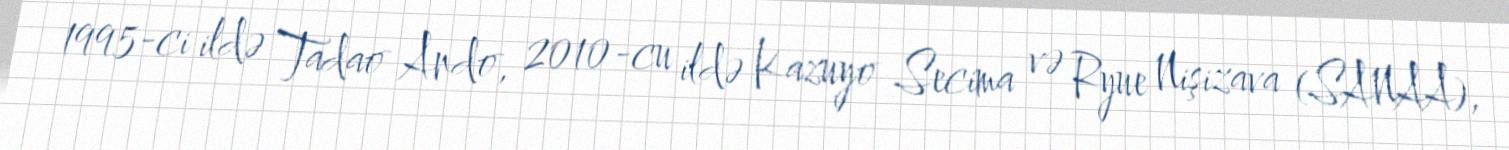
1995-ci ildə Tadao Ando, 2010-cu ildə Kazuyo Secima və Ryue Nişizava (SANAA),